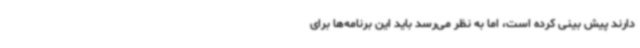
دارند پیش بینی کرده است، اما به نظر می‌رسد باید این برنامه‌ها برای